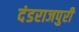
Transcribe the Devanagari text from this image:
दंडराजपुरी